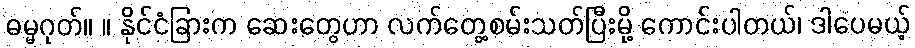
ဓမ္မဂုတ်။ ။ နိုင်ငံခြားက ဆေးတွေဟာ လက်တွေ့စမ်းသတ်ပြီးမို့ ကောင်းပါတယ်၊ ဒါပေမယ့်